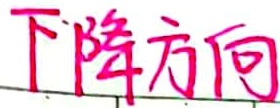
下降方向